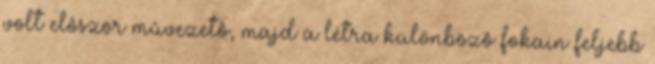
volt elôször mûvezetô, majd a létra különbözô fokain feljebb